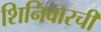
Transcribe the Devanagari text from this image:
शिनिवारची